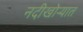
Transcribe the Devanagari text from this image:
नदीखोर्‍यात